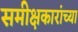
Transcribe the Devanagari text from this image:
समीक्षकारांच्या